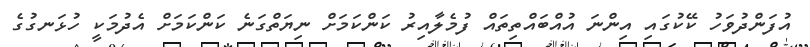
އުފަންދުވަހު ކޭކުގައި އިންނަ އުއްބައްތިތައް ފުމެލާއިރު ކަންކަމަށް ނިޔަތްގަނެ ކަންކަމަށް އެދުމަކީ ހުޅަނގުގެ